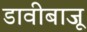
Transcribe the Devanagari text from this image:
डावीबाजू